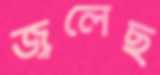
জ্বলেছ